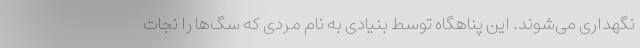
نگهداری می‌شوند. این پناهگاه توسط بنیادی به نام مردی که سگ‌ها را نجات